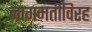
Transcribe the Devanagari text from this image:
नागमतीविरह